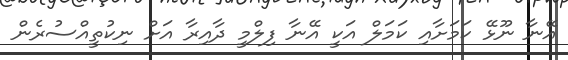
އޭނާ ނޫޅޭ ކަމަށާއި ކަމަލް އަކީ އޭނާ ފިލްމީ ދާއިރާ އަށް ނިކުތީއްސުރެން